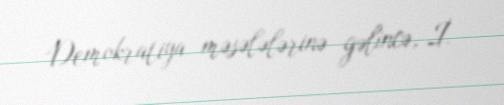
Demokratiya məsələlərinə gəlincə, İ.